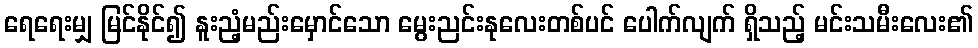
ရေရေးမျှ မြင်နိုင်၍ နူးညံ့မည်းမှောင်သော မွေးညင်းနုလေးတစ်ပင် ပေါက်လျက် ရှိသည့် မင်းသမီးလေး၏